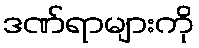
ဒဏ်ရာများကို